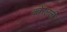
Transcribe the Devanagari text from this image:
कोरलली